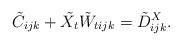
LaTeX: \begin{align*} \tilde{C}_{ijk} + \tilde{X_t}\tilde{W}_{tijk} = \tilde{D}^X_{ijk}. \end{align*}